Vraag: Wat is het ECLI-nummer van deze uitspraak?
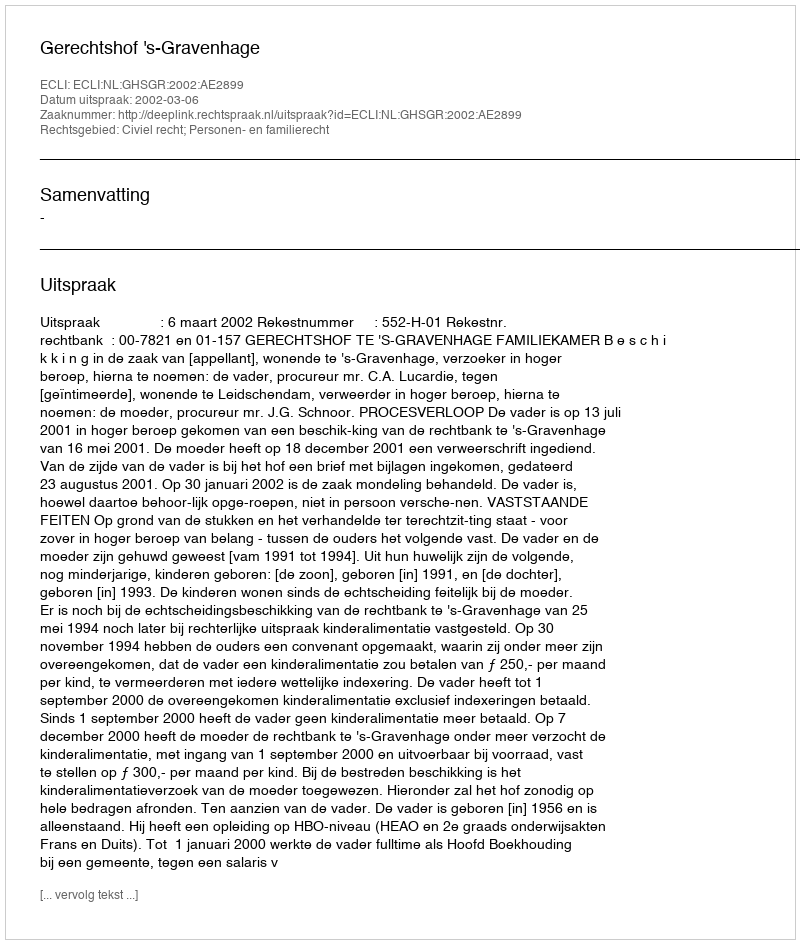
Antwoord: ECLI:NL:GHSGR:2002:AE2899